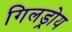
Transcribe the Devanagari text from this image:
गिलड्रोय